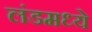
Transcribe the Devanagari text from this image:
लंडमध्ये